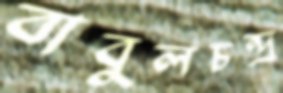
বাবুলচন্দ্র